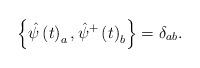
LaTeX: \begin{align*}\left\{ \hat{\psi}\left( t\right) _a,\hat{\psi}^{+}\left( t\right)_b\right\} =\delta _{ab}. \end{align*}